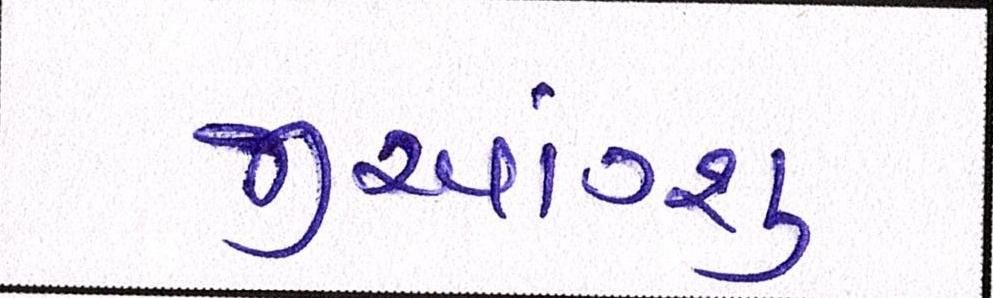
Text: જીઆંગ્શુ